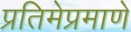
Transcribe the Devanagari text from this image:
प्रतिमेप्रमाणे